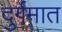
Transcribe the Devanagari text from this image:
दुर्गमात